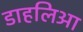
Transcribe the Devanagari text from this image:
डाहलिआ